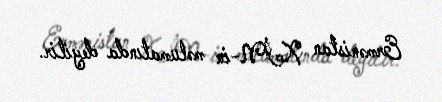
Ermənistan XİN-in məlumatında deyilir.